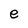
Character: e